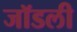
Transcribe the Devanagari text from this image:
जॉडली